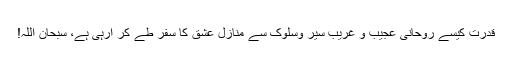
قدرت کیسے روحانی عجیب و غریب سیر وسلوک سے منازل عشق کا سفر طے کر ارہی ہے، سبحان اللہ!